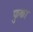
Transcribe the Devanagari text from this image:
फुका